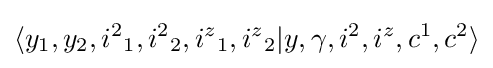
\langle y_{1},y_{2},{i^{2}}_{1},{i^{2}}_{2},{i^{z}}_{1},{i^{z}}_{2}|y,\gamma ,{i^{2}},{i^{z}},c^{1},c^{2}\rangle